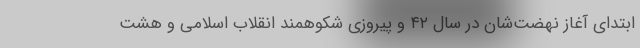
ابتدای آغاز نهضت‌شان در سال ۴۲ و پیروزی شکوهمند انقلاب اسلامی و هشت